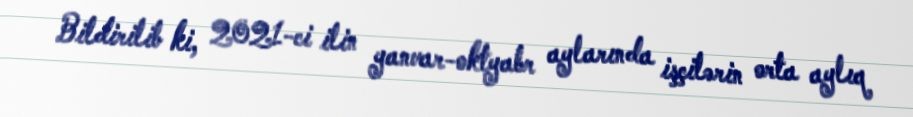
Bildirilib ki, 2021-ci ilin yanvar-oktyabr aylarında işçilərin orta aylıq